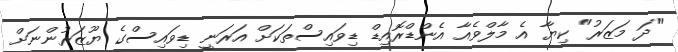
"ދަ މަޒަރު" ކިޔާ އެ މާލްވެއާ އެންޑްރޮއިޑް ޑިވައިސްތަކަށް އަރަނީ ޑިވައިސްގެ ޔޫޒަރުންނަށް